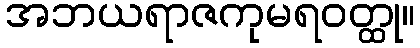
အဘယရာဇကုမရဝတ္ထု။